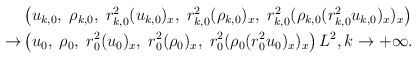
\begin{align*}\begin{aligned}&\left(u_{k,0},\;\rho_{k,0},\;r_{k,0}^2(u_{k,0})_x,\;r^2_{k,0}(\rho_{k,0})_x,\;r_{k,0}^2(\rho_{k,0}(r^2_{k,0}u_{k,0})_x)_x\right)\\ \rightarrow &\left(u_0,\;\rho_0,\;r_0^2(u_0)_x,\;r_0^2(\rho_0)_x,\;r_0^2(\rho_0(r_0^2u_0)_x)_x\right)L^2,k\rightarrow+\infty.\end{aligned}\end{align*}